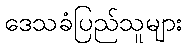
ဒေသခံပြည်သူများ